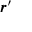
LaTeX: { \boldsymbol { r } } ^ { \prime }